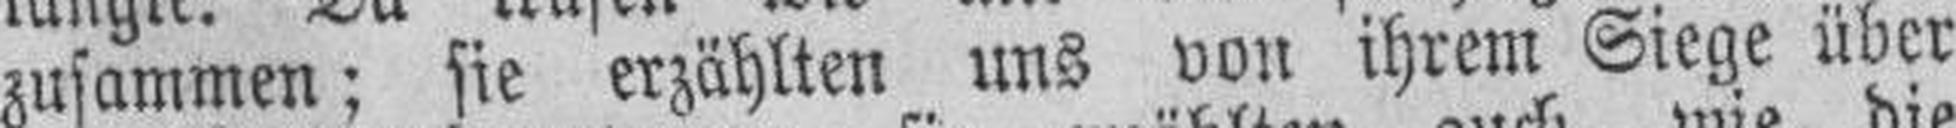
zusammen; sie erzählten uns von ihrem Siege über